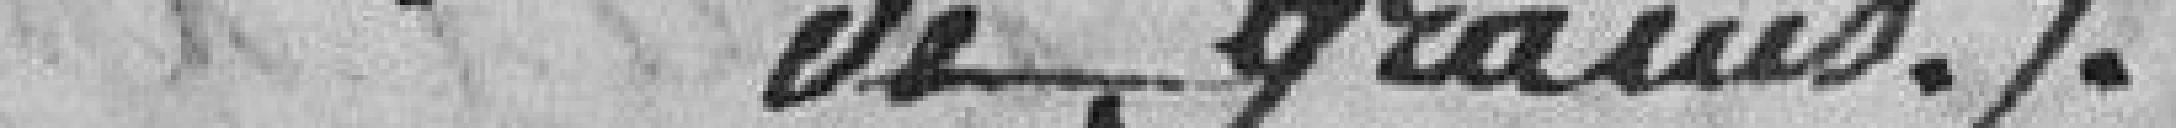
de grains